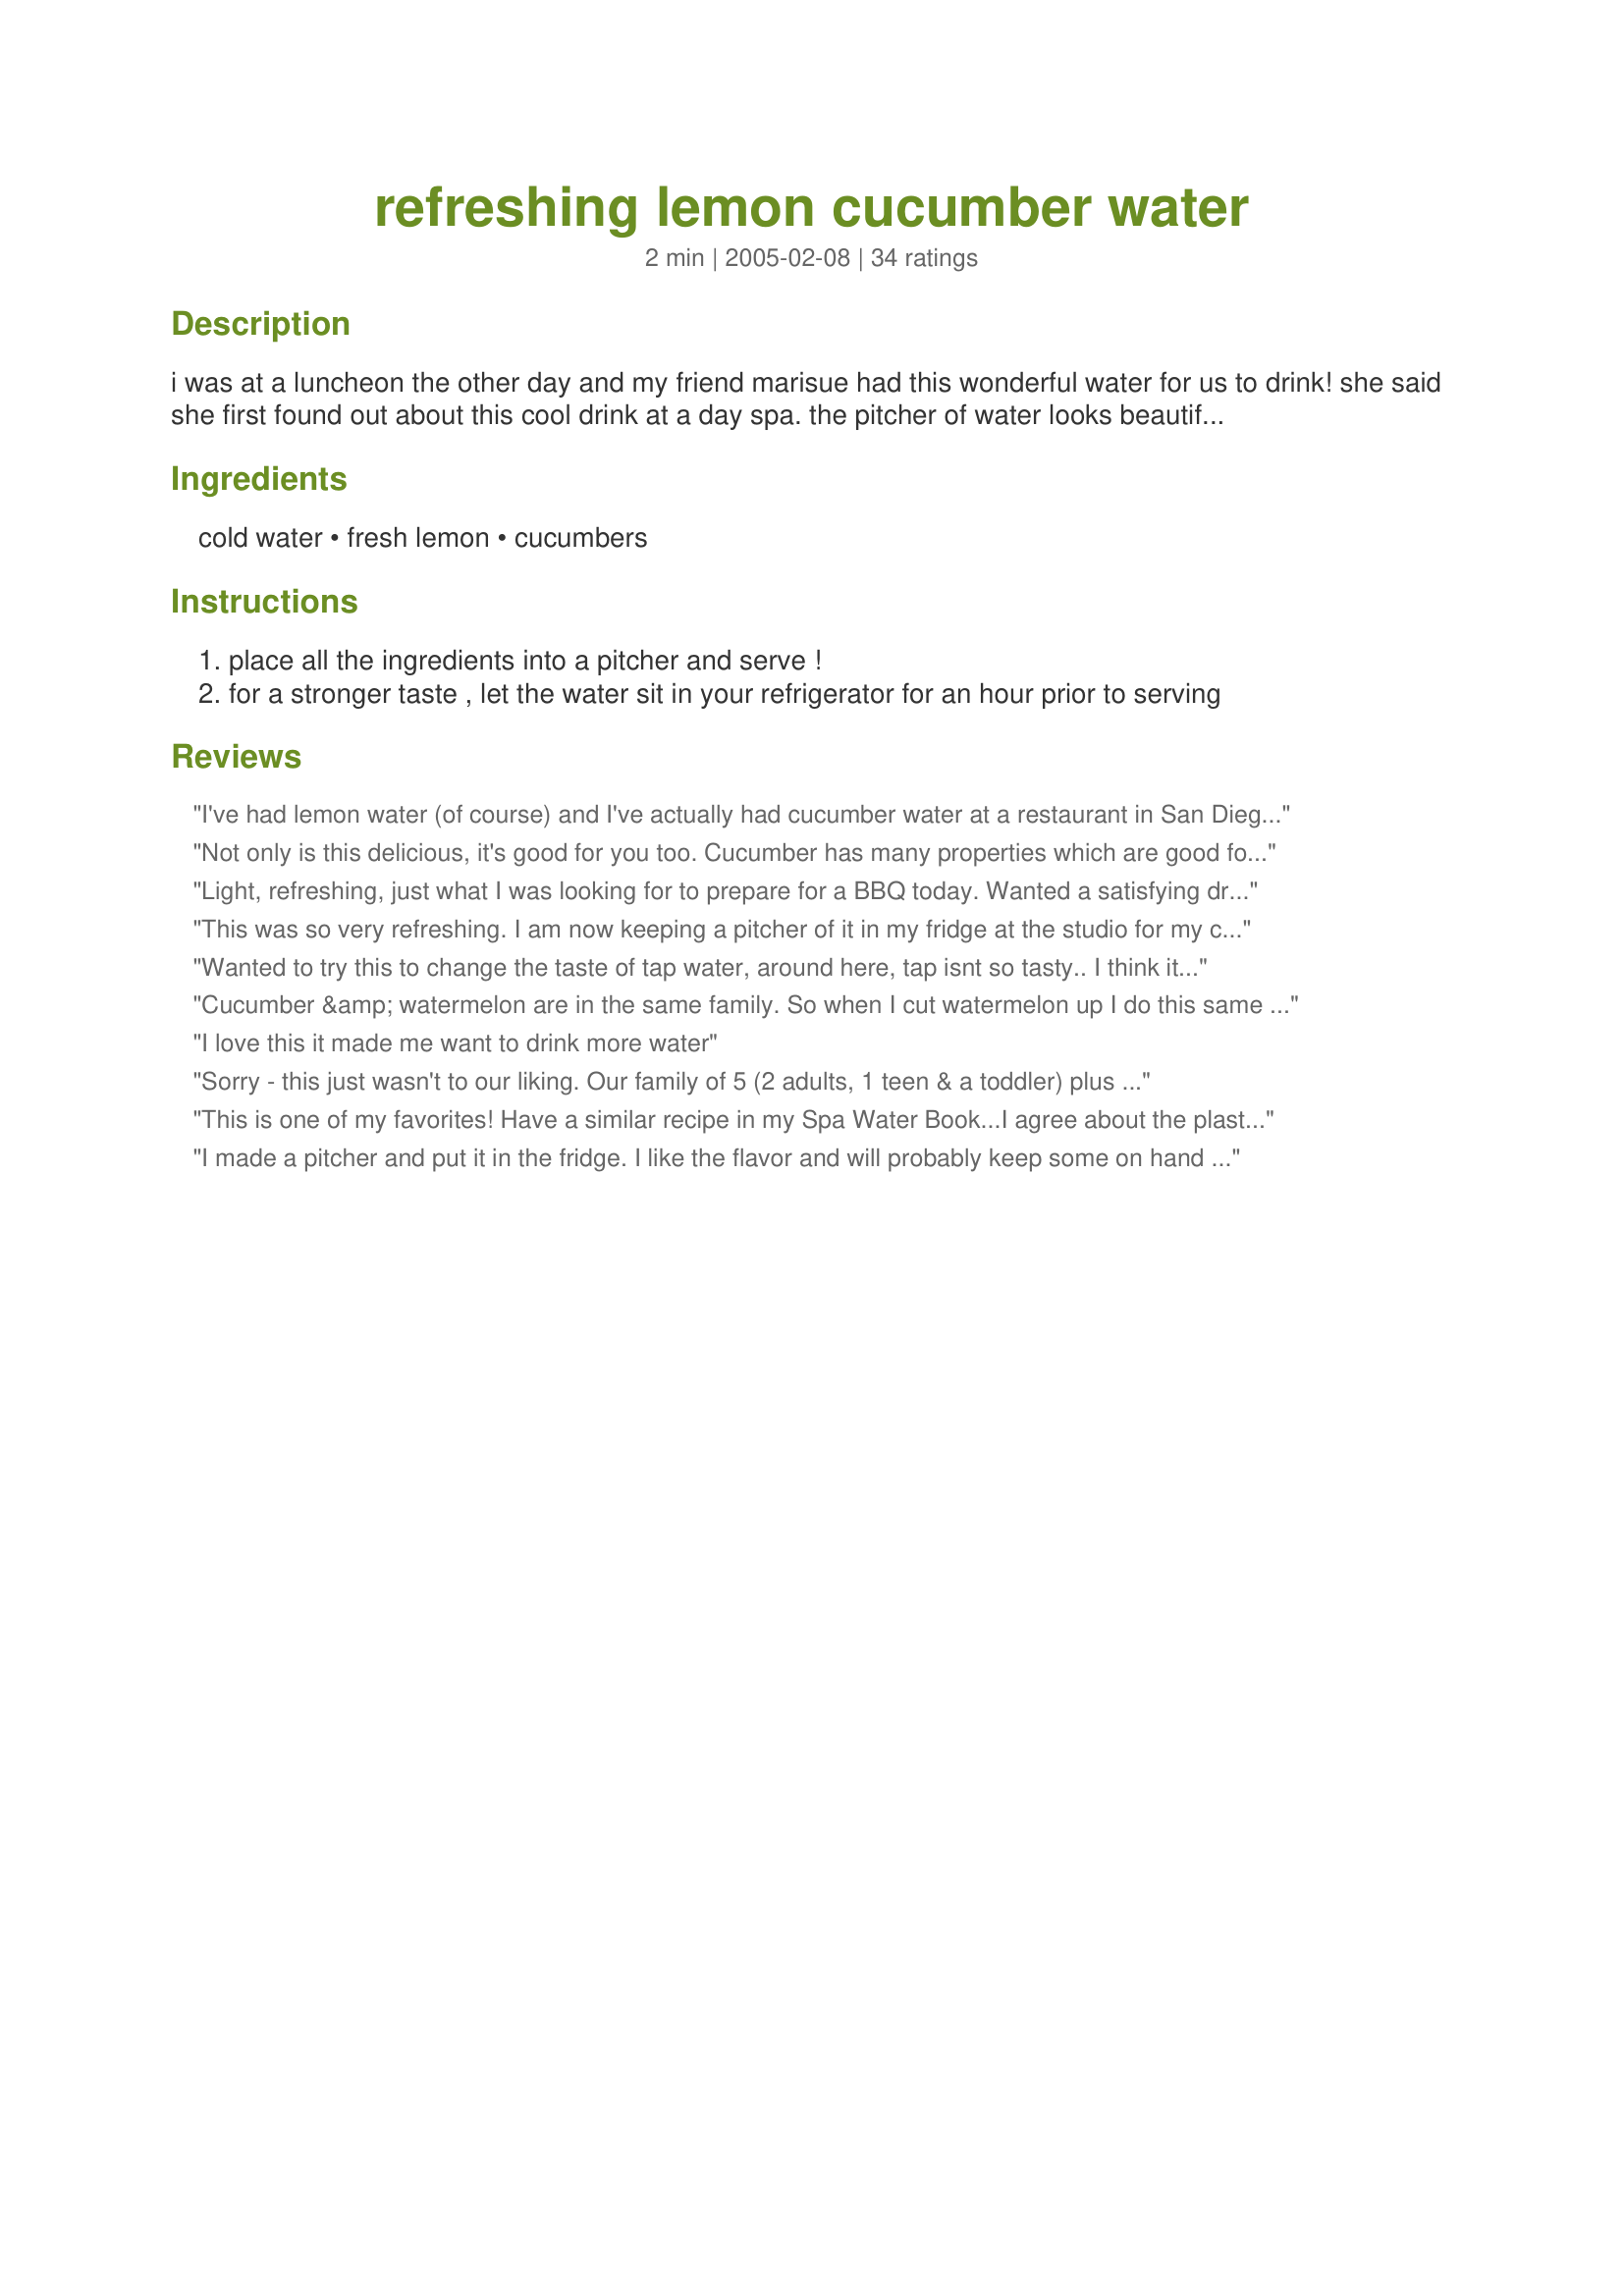
refreshing lemon cucumber water
Preparation time: 2 minutes

i was at a luncheon the other day and my friend marisue had this wonderful water for us to drink! she said she first found out about this cool drink at a day spa. the pitcher of water looks beautiful with the lemon and cucumber and the taste is divine! it's so easy and it really does add refreshing elements to your water!

Ingredients:
cold water, fresh lemon, cucumbers

Steps:
place all the ingredients into a pitcher and serve !
for a stronger taste , let the water sit in your refrigerator for an hour prior to serving

Reviews:
I've had lemon water (of course) and I've actually had cucumber water at a restaurant in San Diego, but I've would have never been creative enough to combine them. This is divine and really quenched my thirst, esp. when the thermostat is hovering at 80 already. Thanks for posting!
Not only is this delicious, it's good for you too. Cucumber has many properties which are good for the skin and body, including fiber and it contains a variety of beneficial minerals including silica, potassium and magnesium. Silica, in case you didn't know, can improve the health and complexion of your skin, plus the cucumbers hydrating effect is a must for glowing skin. So, not only is this a good drink, it is good for you! Add a few mint sprigs for even more flavor.
Light, refreshing, just what I was looking for to prepare for a BBQ today. Wanted a satisfying drink but without sugar. I doubled the amount of cucumber and lemon slices and added two sprigs of fresh lemon verbena from the herb garden; ice cubes.
This was so very refreshing. I am now keeping a pitcher of it in my fridge at the studio for my customers to enjoy and they all rave about the WildWays Water! LOL
I use limes or oranges with the cukes and have found any citrus to be grand! Thank you so much for posting this!
Wanted to try this to change the taste of tap water, around here, tap isnt so tasty..

I think it changes the water to a crisp taste. I used oranges and honey dew mellon, altho when i tasted it, thought it needed more citris. maybe make a little orange juice, syrup, and give it more of a taste of orangelemon aid.
Cucumber &amp; watermelon are in the same family. So when I cut watermelon up I do this same thing with the rinds in place of the cucumber. Delish!
I love this it made me want to drink more water
Sorry - this just wasn't to our liking. Our family of 5 (2 adults, 1 teen & a toddler) plus our dear Gram didn't care for it. Down the drain it went.
This is one of my favorites! Have a similar recipe in my Spa Water Book...I agree about the plastic jar..Also, plastic spigots on beverage server jars are a waste of $$...
I made a pitcher and put it in the fridge. I like the flavor and will probably keep some on hand often.
This is the perfect refreshing summer drink. I will be sure to always have a pitcher of this stuff in the fridge! Any low calorie drink that doesn't have artificial sweeteners is always worth having around.
I usually did not that drink much water, until my Son in Law told to me about this recipe. I just love drinking it.
Wonderful and refreshing! This is making it a lot easier to get my glasses of water in each day. This will be a constant in my fridge.

The funny thing is a day after I made this water at home, I went to my salon and they had it there too!
I have added lemon and/or cucumber to my pitchers of water for ages. I like how it provides a fresh, clean flavor to the water and masks any slight chemical taste. The pitchers also look lovely for presentation during parties and such. It is very refreshing.
I made this water as part of our Mother's Day brunch and we just loved it! Even the guys really liked it! It adds a wonderful crispness and freshness to the water. It's also inspired us to try this with other combinations to create different flavors to the water. Thank you very much for posting this!
I used 1 cucumber, 1 lemon and 1 lime in a large plastic pitcher. I cleaned the fruit and cucumber and then sliced it like it says to in the recipe and let it sit in the refrigerator for a few hours and I LOVE IT! Where I live it gets into triple digits during the summer and I hate the taste of most water. It tastes metalic and chemically so I have drank alot of ice tea and Crystal Light and wanted to find something I would drink this summer that was more healthier and this recipe is simple and ROCKS. I plan to check out the other recipes as well using mint, sage and rosemary.
Lovely and light. A nice refreshing mealtime beverage. We have our own good tasting water now, unlike when we were on city water. If water tastes stale after a day in the fridge, I suggest buying a good spring water like Crystal Geyser. I shudder to think what I used to drink out of the tap.
Very refreshing on a 95 degree humid day. Felt a lot more hydrated than plain water. Thanks for sharing.
I live in Kansas City, where the heat index has been well over 100 degrees for a week, and it is NOT a dry heat. This stuff is a perfect antidote. It starts off with the lemon flavor, and then finishes with the cucumber. I've already gotten my mom hooked on this, and my DH chose this over bourbon. We keep a pitcher in the fridge and top it off when we get a glass; this is day three and the flavor is only slightly starting to fade. LOVE THIS STUFF!!!
I'm surprised how good this is! Nice to have a simple drink that is without sugar, taste this refreshing. Thanks for sharing!
I didn't think I'd like this but I do! I will definitely be making this again. Very refreshing.
I first had this water at Esperanza's Spa in Cabo (Mexico), but they used lime instead of lemon. We love it! They serve it at room temperature which is also wonderful. I love the smell of the cucumber in the water!
Hey, this is really good! I was a little skeptical, but I do love cucumber, so I thought it might turn out well. It sure did.
This is great! If you have a special outfit to wear to a special event I cannot recommend this enough. Stay away from salt and sugar for 2 days and drink plenty of this and you will slim your waist line by up to 10 cm (3 inches). Thanks for posting!
I also first tried this recipe at a day spa...minus the lemons. The longer the cucumbers sit in water, the better, more flavorful the water becomes. Do not use a plastic jar; it won't work. I bought a glass sun tea cooler glass jar from Walmart which has a spout on the bottom of the jar. I sliced the cucumbers, poured filtered water on top and put it in the fridge for several days. Whenever I drink a cup of cucumber water, I put a cup of filtered water back into the jar. I think the lemon, lime, or orange addition will be tasty too but I haven't tried it, yet. The biggest key to success is using a glass jar and letting it sit for days. ENJOY!
Wonderful recipe that I have also had at the spa. I made it for a an engagement party and it was a big hit. Very elegant.
This is really good. My daughter and I both loved it as did 2 of my boys. My husband didn&#039;t care for it. We live in the desert where it gets really hot and really dry. This is will be a nice alternative to plain water and iced tea.
this was good i have a terrible sweet tooth but bcos im on a diet no sugary drinks for me this was nice n refreshing the pitcher looked so cute with the lemon n cucumber slices floating on the top !!! this is healthy too as cucumber is known to reduce blaoting and water retention it did help for me !! thanks
So simple. So delicious. Will keep a pitcher in refrigerator at all times!
Re-FRESH-ing! Used this for a spa party I had... the massage therapist loved it so much that she uses it at all her events! It is so easy & cheep, but tastes very Expensive!! Loved it!! Thanks so much!!
I do this often. For dinner, we almost always have water with our meal. This makes it especially nice when we have guests. Someone always comments on the cucumber. Refreshing, clean and doesn't overpower your meal.
I had this at a spa recently and it was so good!! Very refreshing and tasty! Nice twist on plain water.
I tried this out of curiosity, since I drink 80 oz. of water per day.
This really is refreshing as it takes the boringness out of water! LOL Thanks for submitting this, now I'm sure to get my water intake even on the weekends.
This is wonderful! What I can add is that the cucumber flavors the water more strongly than does the lemon. So, I usually put about half the amount of cucumber as lemon to balance out the flavors. This is a great way to get yourself to drink more of that healthy water!!!
